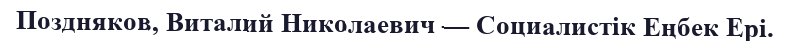
Поздняков, Виталий Николаевич — Социалистік Еңбек Ері.